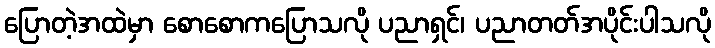
ပြောတဲ့အထဲမှာ စောစောကပြောသလို ပညာရှင်၊ ပညာတတ်အပိုင်းပါသလို